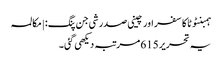
ہمبنٹوٹا کا سفر اور چینی صدر شی جن پنگ: | مکالمہ
یہ تحریر 615 مرتبہ دیکھی گئی۔